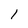
Character: 1